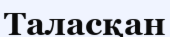
Таласқан